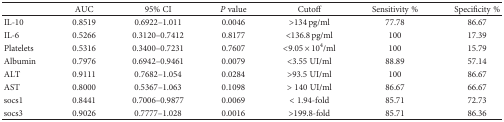
<table><thead><tr><td></td><td><b>AUC</b></td><td><b>95% CI</b></td><td><b><i>P</i> value</b></td><td><b>Cutoff</b></td><td><b>Sensitivity %</b></td><td><b>Specificity %</b></td></tr></thead><tbody><tr><td>IL-10</td><td>0.8519</td><td>0.6922–1.011</td><td>0.0046</td><td>&gt;134 pg/ml</td><td>77.78</td><td>86.67</td></tr><tr><td>IL-6</td><td>0.5266</td><td>0.3120–0.7412</td><td>0.8177</td><td>&lt;136.8 pg/ml</td><td>100</td><td>17.39</td></tr><tr><td>Platelets</td><td>0.5316</td><td>0.3400–0.7231</td><td>0.7607</td><td>&lt;9.05 × 10<sup>4</sup>/ml</td><td>100</td><td>15.79</td></tr><tr><td>Albumin</td><td>0.7976</td><td>0.6942–0.9461</td><td>0.0079</td><td>&lt;3.55 UI/ml</td><td>88.89</td><td>57.14</td></tr><tr><td>ALT</td><td>0.9111</td><td>0.7682–1.054</td><td>0.0284</td><td>&gt;93.5 UI/ml</td><td>100</td><td>86.67</td></tr><tr><td>AST</td><td>0.8000</td><td>0.5367–1.063</td><td>0.1098</td><td>&gt; 140 UI/ml</td><td>86.67</td><td>66.67</td></tr><tr><td>socs1</td><td>0.8441</td><td>0.7006–0.9877</td><td>0.0069</td><td>&lt; 1.94-fold</td><td>85.71</td><td>72.73</td></tr><tr><td>socs3</td><td>0.9026</td><td>0.7777–1.028</td><td>0.0016</td><td>&gt;199.8-fold</td><td>85.71</td><td>86.36</td></tr></tbody></table>